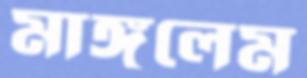
মাঙ্গলেম